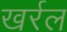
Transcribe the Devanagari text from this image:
खर्रल